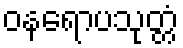
ဝနရောပသုတ္တံ